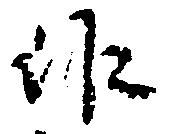
作